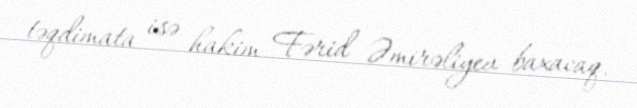
təqdimata isə hakim Fərid Əmirəliyev baxacaq.